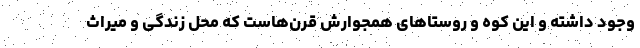
وجود داشته و این کوه و روستاهای همجوارش قرن‌هاست که محل زندگی و میراث